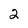
Character: 2